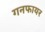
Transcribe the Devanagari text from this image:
गनफायर